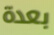
بعدة